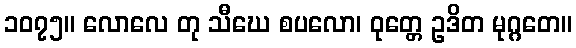
၁၀၇၅။ လောလေ တု သီဃေ စပလော၊ ဝုတ္တေ ဥဒိတ မုဂ္ဂတေ။